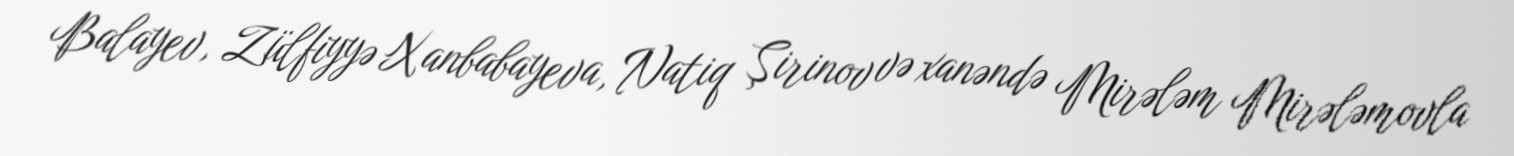
Balayev, Zülfiyyə Xanbabayeva, Natiq Şirinov və xanəndə Mirələm Mirələmovla